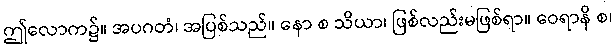
ဤလောက၌။ အပဂတံ၊ အပြစ်သည်။ နော စ သိယာ၊ ဖြစ်လည်းမဖြစ်ရာ။ ဝေရာနိ စ၊